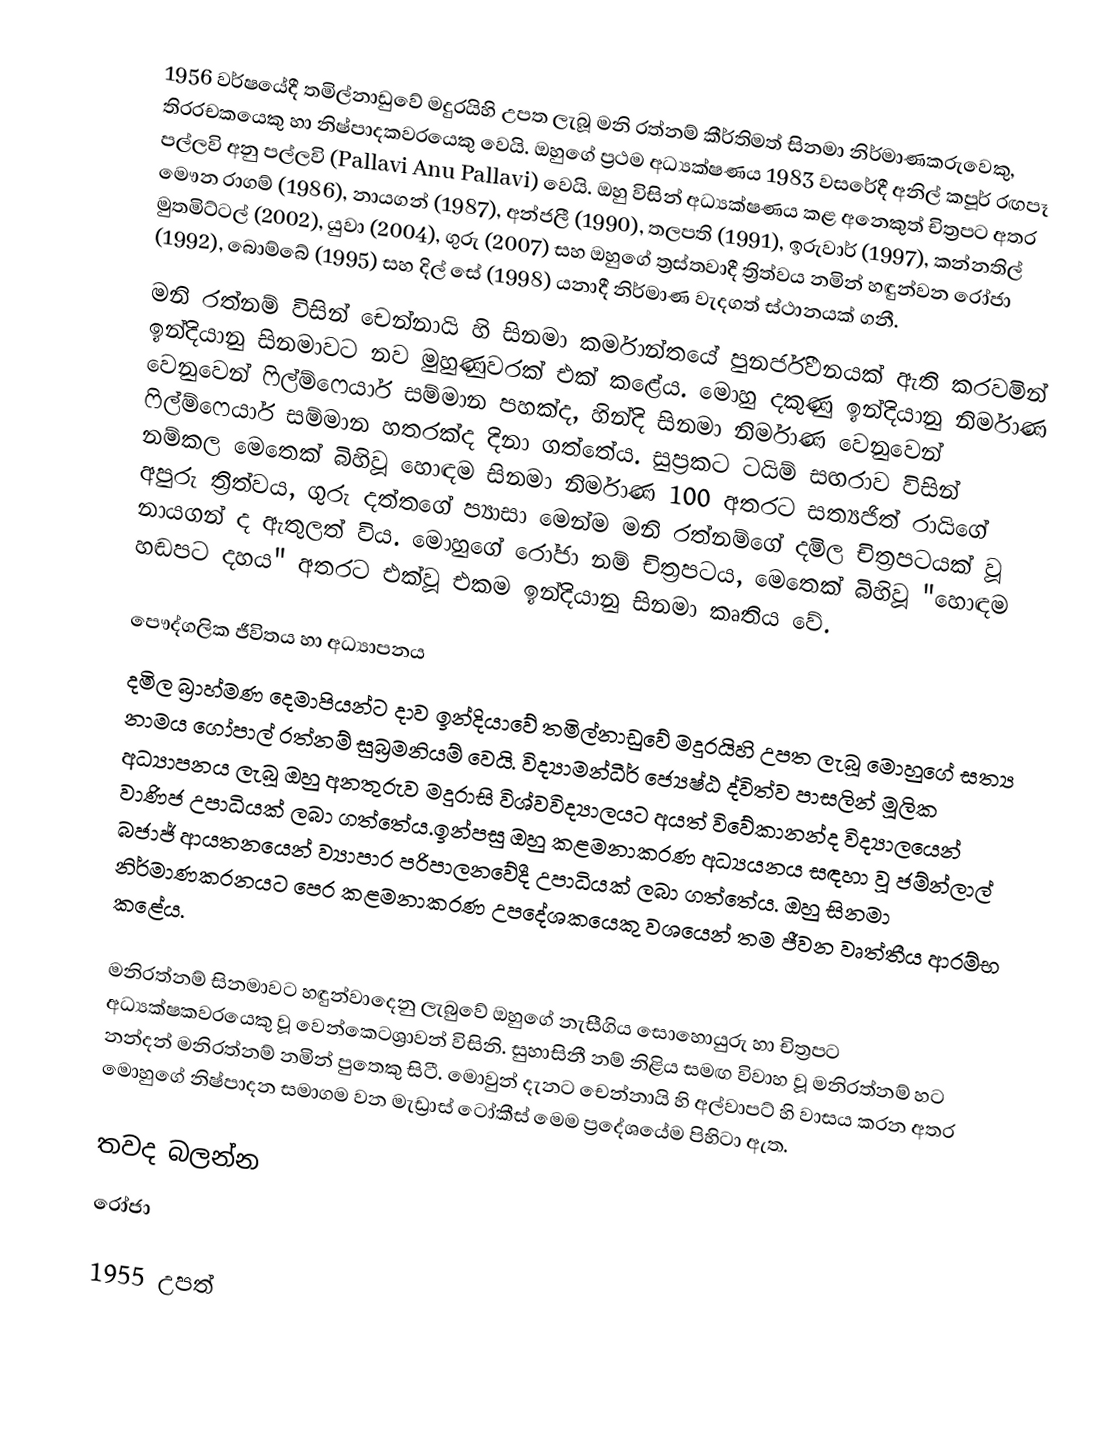
1956 වර්ෂයේදී තමිල්නාඩුවේ මදුරයිහි උපත ලැබූ මනි රත්නම් කීර්තිමත් සිනමා නිර්මාණකරුවෙකු, තිරරචකයෙකු හා නිෂ්පාදකවරයෙකු වෙයි. ඔහුගේ ප්‍රථම අධ්‍යක්ෂණය 1983 වසරේදී අනිල් කපූර් රඟපෑ පල්ලවි අනු පල්ලවි (Pallavi Anu Pallavi) වෙයි. ඔහු විසින් අධ්‍යක්ෂණය කළ අනෙකුත් චිත්‍රපට අතර මෞන රාගම් (1986), නායගන් (1987), අන්ජලී (1990), තලපති (1991), ඉරුවාර් (1997), කන්නතිල් මුතමිට්ටල් (2002), යුවා (2004), ගුරු (2007) සහ ඔහුගේ ත්‍රස්තවාදී ත්‍රිත්වය නමින් හඳුන්වන රෝජා (1992), බොම්බේ (1995) සහ දිල් සේ (1998) යනාදී නිර්මාණ වැදගත් ස්ථානයක් ගනී.
මනි රත්නම් විසින් චෙන්නායි හි සිනමා කර්මාන්තයේ පුනර්ජීවනයක් ඇති කරවමින් ඉන්දියානු සිනමාවට නව මුහුණුවරක් එක් කළේය. මොහු දකුණු ඉන්දියානු නිර්මාණ වෙනුවෙන් ෆිල්ම්ෆෙයාර් සම්මාන පහක්ද, හින්දි සිනමා නිර්මාණ වෙනුවෙන් ෆිල්ම්ෆෙයාර් සම්මාන හතරක්ද දිනා ගත්තේය. සුප්‍රකට ටයිම් සඟරාව විසින් නම්කල මෙතෙක් බිහිවූ හොඳම සිනමා නිර්මාණ 100 අතරට සත්‍යජිත් රායිගේ අපුරු ත්‍රිත්වය, ගුරු දත්තගේ  ප්‍යාසා මෙන්ම මනි රත්නම්ගේ දමිල චිත්‍රපටයක් වූ නායගන් ද ඇතුලත් විය. මොහුගේ රෝජා නම් චිත්‍රපටය, මෙතෙක් බිහිවූ "හොඳම හඬපට දහය" අතරට එක්වූ එකම ඉන්දියානු සිනමා කෘතිය වේ.

පෞද්ගලික ජීවිතය හා අධ්‍යාපනය
දමිල බ්‍රාහ්මණ දෙමාපියන්ට දාව ඉන්දියාවේ තමිල්නාඩුවේ මදුරයිහි උපත ලැබූ මොහුගේ සත්‍ය නාමය ගෝපාල් රත්නම් සුබ්‍රමනියම් වෙයි. විද්‍යාමන්ධීර් ජ්‍යෙෂ්ඨ ද්විත්ව පාසලින් මූලික අධ්‍යාපනය ලැබූ ඔහු අනතුරුව මදුරාසි විශ්වවිද්‍යාලයට අයත් විවේකානන්ද විද්‍යාලයෙන් වාණිජ උපාධියක් ලබා ගත්තේය.ඉන්පසු ඔහු කළමනාකරණ අධ්‍යයනය සඳහා වූ ජම්න්ලාල් බජාජ් ආයතනයෙන් ව්‍යාපාර පරිපාලනවේදී උපාධියක් ලබා ගත්තේය. ඔහු සිනමා නිර්මාණකරනයට පෙර කළමනාකරණ උපදේශකයෙකු වශයෙන් තම ජීවන වෘත්තීය ආරම්භ කළේය.

මනිරත්නම් සිනමාවට හඳුන්වාදෙනු ලැබුවේ ඔහුගේ නැසීගිය සොහොයුරු හා චිත්‍රපට අධ්‍යක්ෂකවරයෙකු වූ වෙන්කෙටශ්‍රාවන් විසිනි. සුහාසිනී නම් නිළිය සමඟ විවාහ වූ මනිරත්නම් හට නන්දන් මනිරත්නම් නමින් පුතෙකු සිටී. මොවුන් දැනට චෙන්නායි හි අල්වාපට් හි වාසය කරන අතර මොහුගේ නිෂ්පාදන සමාගම වන මැඩ්‍රාස් ටෝකීස් මෙම ප්‍රදේශයේම පිහිටා ඇත.

තවද බලන්න
රෝජා

1955 උපත්